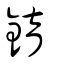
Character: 錥